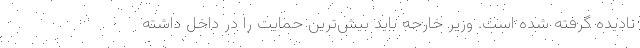
نادیده گرفته شده است. وزیر خارجه باید بیش‌ترین حمایت را در داخل داشته